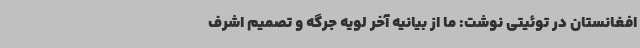
افغانستان در توئیتی نوشت: ما از بیانیه آخر لویه جرگه و تصمیم اشرف